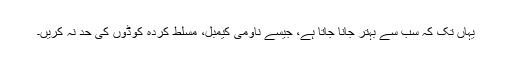
یہاں تک کہ سب سے بہتر جانا جاتا ہے، جیسے ناومی کیمبل، مسلط کردہ کوڈوں کی حد نہ کریں۔